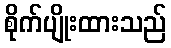
စိုက်ပျိုးထားသည်